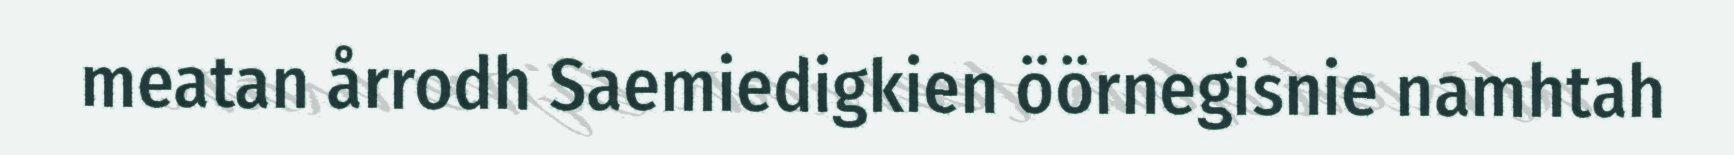
meatan årrodh Saemiedigkien öörnegisnie namhtah